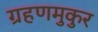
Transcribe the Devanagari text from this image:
ग्रहणमुकुर